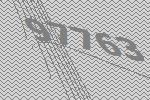
97763